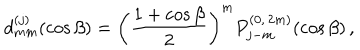
d _ { m m } ^ { ( j ) } ( \cos \beta ) = \left( \frac { 1 + \cos \beta } { 2 } \right) ^ { m } P _ { j - m } ^ { ( 0 , \, 2 m ) } ( \cos \beta ) \, ,